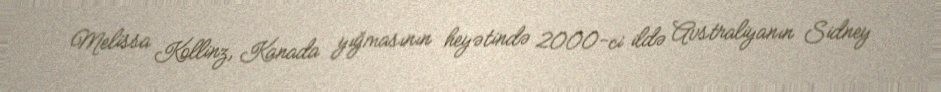
Melissa Kollinz, Kanada yığmasının heyətində 2000-ci ildə Avstraliyanın Sidney